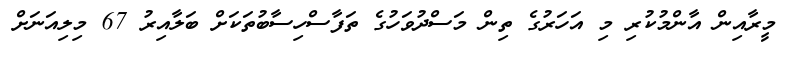
މީރާއިން އާންމުކުރި މި އަހަރުގެ ތިން މަސްދުވަހުގެ ތަފާސްހިސާބުތަކަށް ބަލާއިރު 67 މިލިއަނަށް